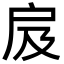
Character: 㧀